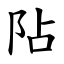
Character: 阽